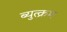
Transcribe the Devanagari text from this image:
ब्युत्क्रम